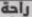
راحة